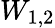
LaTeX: W_{1,2}